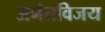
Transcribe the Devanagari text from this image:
अनंतविजय